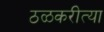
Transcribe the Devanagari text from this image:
ठळकरीत्या